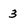
Character: 3